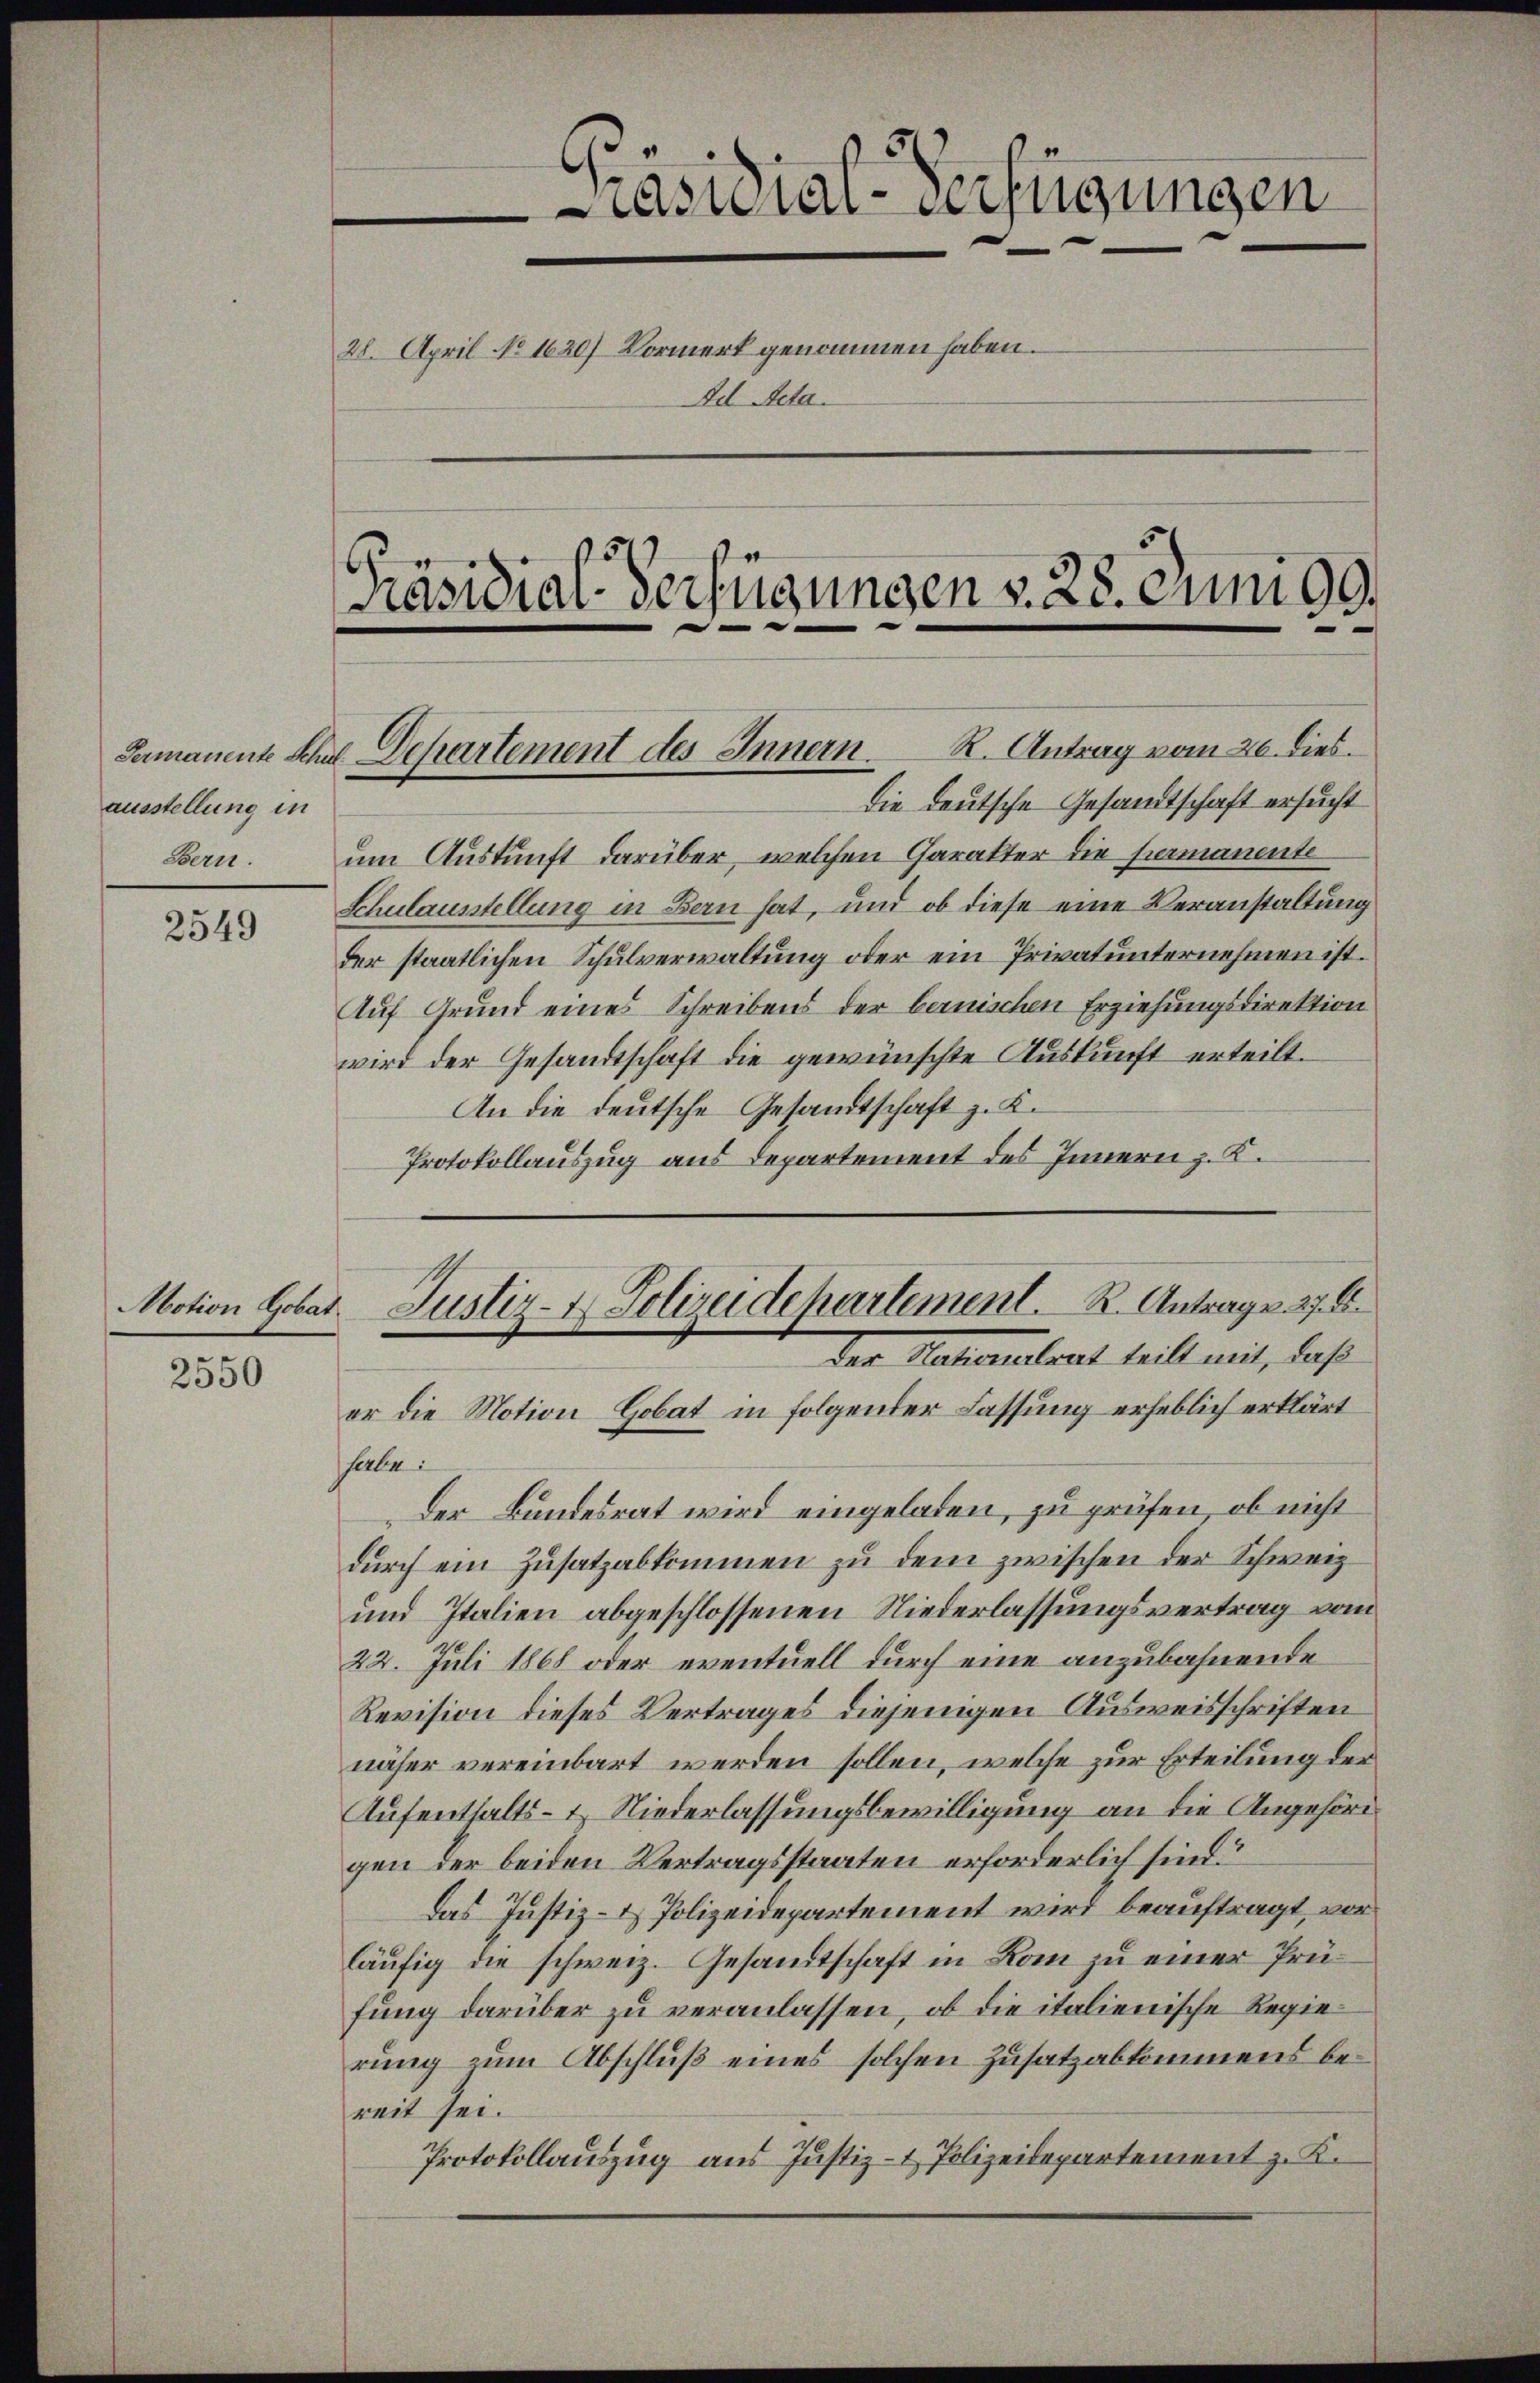
ausstellung in
Bern.

2549

Motion Gobat.

2550

räsidial-Verfügungen.
28. April No 1620) Vormerk genommen haben.
Ad Acta.
Präsidial-Verfügungen v. 28. Juni 99.

R. Antrag vom 26. dies
die deutsche Gesandtschaft ersucht
um Auskunft darüber, welchen Charakter die Hermanente
Schulausstellung in Bern hat, und ob diese eine Veranstaltung
der staatlichen Schulverwaltung oder ein Privatunternehmen ist.
Auf Grund eines Schreibens der bernischen Erziehungsdirektion
wird der Gesandtschaft die gewünschte Auskunft erteilt.
An die deutsche Gesandtschaft z. K.
Protokollauszug aus Departement des Innern z. K.

Germanente Schal Departement des Innern.

serbe
Der Bundesrat wird eingeladen, zu prüfen, ob nicht
durch ein Zusatzabkommen zu dem zwischen der Schweiz
und Italien abgeschlossenen Niederlassungsvertrag vom
22. Juli 1868 oder eventuell durch eine anzubahnende
Revision dieses Vertrages diejenigen Ausweisschriften
näher vereinbart werden sollen, welche zur Erteilung der
Aufenthalts- & Niederlassungsbewilligung an die Angehörigen der beiden Vertragsstaaten erforderlich sind.
Das Justiz- & Polizeidepartement wird beauftragt, vorläufig die schweiz. Gesandtschaft in Rom zu einer Prüfung darüber zu veranlassen, ob die italienische Regierung zum Abschluß eines solchen Zusatzabkommens bereit sei.
Protokollauszug aus Justiz- & Polizeidepartement z. K.

Justiz- & Polizeidepartement. R. Antrage. 27. 8.
der Nationalrat heilt mit, daß
er die Motion Gobat in folgender Fassung erheblich erklärt